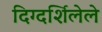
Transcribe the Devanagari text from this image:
दिग्दर्शिलेले